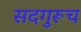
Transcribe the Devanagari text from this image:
सदगुरूच